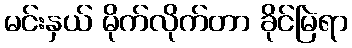
မင်းနှယ် မိုက်လိုက်တာ ခိုင်မြဲရာ